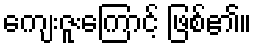
ကျေးဇူးကြောင့် ဖြစ်၏။